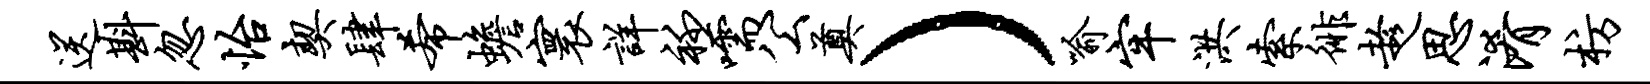
送斟忽怡契肆希蟾寰详衽嚅公奠）喻牢洪索徘趁思淆枋